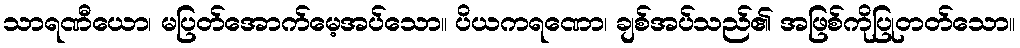
သာရဏီယော၊ မပြတ်အောက်မေ့အပ်သော။ ပိယကရဏော၊ ချစ်အပ်သည်၏ အဖြစ်ကိုပြုတတ်သော။